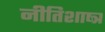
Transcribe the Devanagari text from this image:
नीतिशाष्त्र